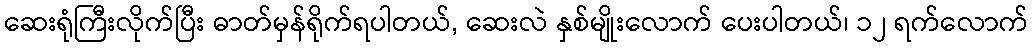
ဆေးရုံကြီးလိုက်ပြီး ဓာတ်မှန်ရိုက်ရပါတယ်, ဆေးလဲ နှစ်မျိုးလောက် ပေးပါတယ်၊ ၁၂ ရက်လောက်